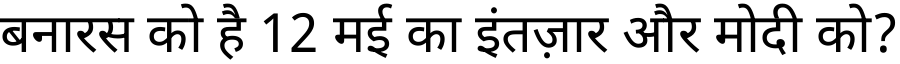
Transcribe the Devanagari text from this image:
बनारस को है 12 मई का इंतज़ार और मोदी को?